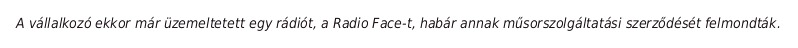
A vállalkozó ekkor már üzemeltetett egy rádiót, a Radio Face-t, habár annak műsorszolgáltatási szerződését felmondták.